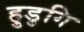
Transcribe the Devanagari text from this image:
हुडुगि